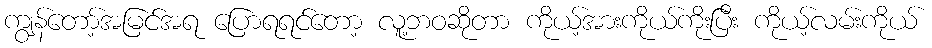
ကျွန်တော့်အမြင်အရ ပြောရရင်တော့ လူ့ဘဝဆိုတာ ကိုယ့်အားကိုယ်ကိုးပြီး ကိုယ့်လမ်းကိုယ်